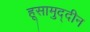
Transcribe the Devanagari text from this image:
हूसामुद्दीन